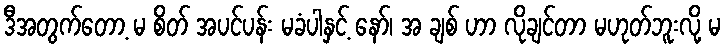
ဒီအတွက်တော့ မ စိတ် အပင်ပန်း မခံပါနှင့် နော်၊ အ ချစ် ဟာ လိုချင်တာ မဟုတ်ဘူးလို့ မ